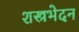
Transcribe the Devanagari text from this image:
शस्त्रभेदन